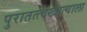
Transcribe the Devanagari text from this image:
पुरातत्त्वखात्याला